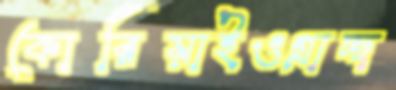
কোরিয়াইওগ্‌রাচ্ছ